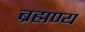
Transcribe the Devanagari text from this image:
ब्रह्मण्य